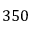
3 5 0